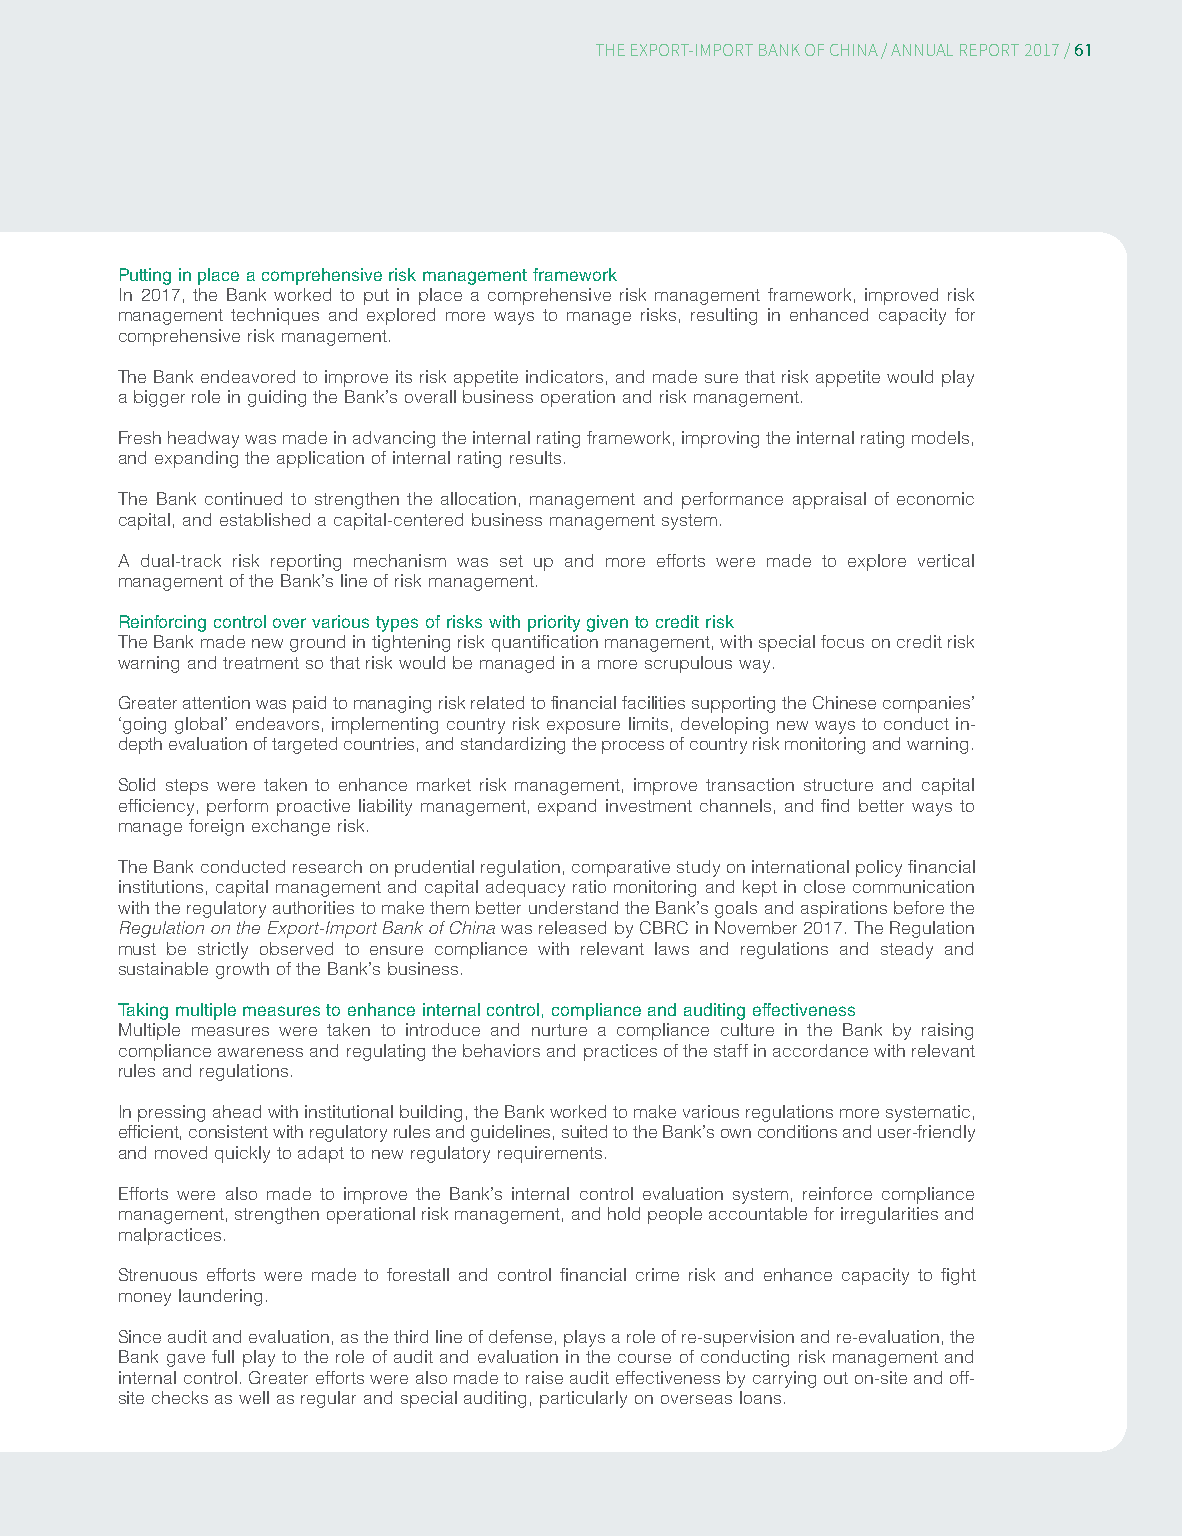
61
 THE EXPORT-IMPORT BANK OF CHINA/ ANNUAL REPORT 2017/
 Putting in place a comprehensive risk management framework
 In 2017, the Bank worked to put in place a comprehensive risk management framework, improved risk
 management techniques and explored more ways to manage risks, resulting in enhanced capacity for
 comprehensive risk management.
 The Bank endeavored to improve its risk appetite indicators, and made sure that risk appetite would play
 a bigger role in guiding the Bank’s overall business operation and risk management.
 Fresh headway was made in advancing the internal rating framework, improving the internal rating models,
 and expanding the application of internal rating results.
 The Bank continued to strengthen the allocation, management and performance appraisal of economic
 capital, and established a capital-centered business management system.
 A dual-track risk reporting mechanism was set up and more efforts were made to explore vertical
 management of the Bank’s line of risk management.
 Reinforcing control over various types of risks with priority given to credit risk
 The Bank made new ground in tightening risk quantification management, with special focus on credit risk
 warning and treatment so that risk would be managed in a more scrupulous way.
 Greater attention was paid to managing risk related to financial facilities supporting the Chinese companies’
 ‘going global’ endeavors, implementing country risk exposure limits, developing new ways to conduct in-
 depth evaluation of targeted countries, and standardizing the process of country risk monitoring and warning.
 Solid steps were taken to enhance market risk management, improve transaction structure and capital
 efficiency, perform proactive liability management, expand investment channels, and find better ways to
 manage foreign exchange risk.
 The Bank conducted research on prudential regulation, comparative study on international policy financial
 institutions, capital management and capital adequacy ratio monitoring and kept in close communication
 with the regulatory authorities to make them better understand the Bank’s goals and aspirations before the
 Regulation on the Export-Import Bank of China was released by CBRC in November 2017. The Regulation
 must be strictly observed to ensure compliance with relevant laws and regulations and steady and
 sustainable growth of the Bank’s business.
 Taking multiple measures to enhance internal control, compliance and auditing effectiveness
 Multiple measures were taken to introduce and nurture a compliance culture in the Bank by raising
 compliance awareness and regulating the behaviors and practices of the staff in accordance with relevant
 rules and regulations.
 In pressing ahead with institutional building, the Bank worked to make various regulations more systematic,
 efficient, consistent with regulatory rules and guidelines, suited to the Bank’s own conditions and user-friendly
 and moved quickly to adapt to new regulatory requirements.
 Efforts were also made to improve the Bank’s internal control evaluation system, reinforce compliance
 management, strengthen operational risk management, and hold people accountable for irregularities and
 malpractices.
 Strenuous efforts were made to forestall and control financial crime risk and enhance capacity to fight
 money laundering.
 Since audit and evaluation, as the third line of defense, plays a role of re-supervision and re-evaluation, the
 Bank gave full play to the role of audit and evaluation in the course of conducting risk management and
 internal control. Greater efforts were also made to raise audit effectiveness by carrying out on-site and off-
 site checks as well as regular and special auditing, particularly on overseas loans.